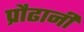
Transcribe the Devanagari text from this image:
प्रौढानी